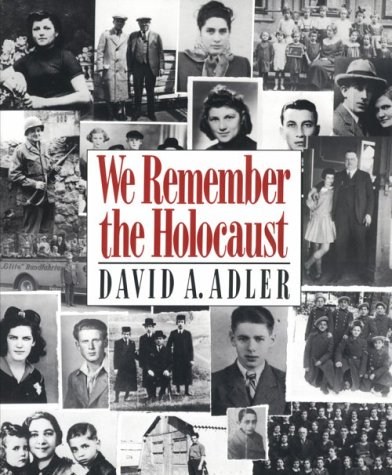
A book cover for We Remember the Holocaust; David A. Adler; Teen & Young Adult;